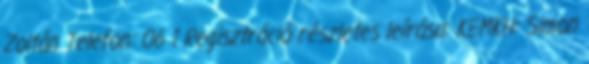
Zoltán Telefon: 06 1 Regisztráció részletes leírása: KEMKH: Simon